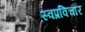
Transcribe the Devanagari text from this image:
स्वप्रविचार